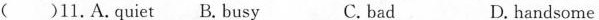
()11.A.Quiet B. Busy C. bad D. handsome